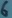
Text: 6